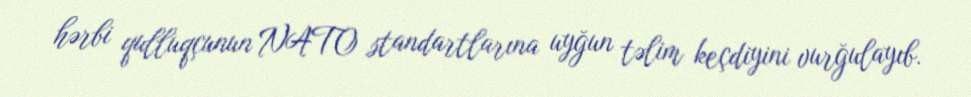
hərbi qulluqçunun NATO standartlarına uyğun təlim keçdiyini vurğulayıb.